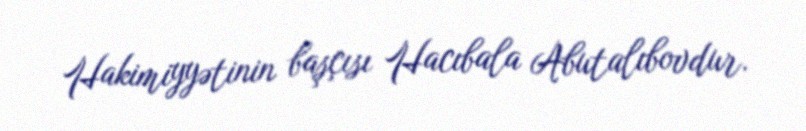
Hakimiyyətinin başçısı Hacıbala Abutalıbovdur.